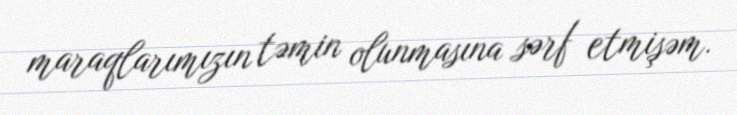
maraqlarımızın təmin olunmasına sərf etmişəm.